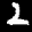
Label: 2